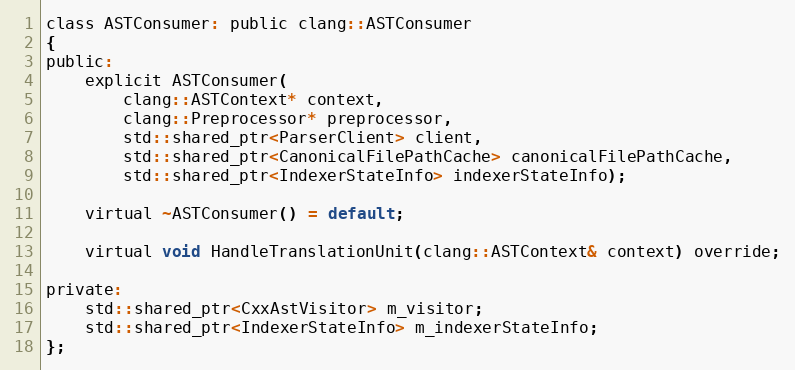
Language: C
class ASTConsumer: public clang::ASTConsumer
{
public:
	explicit ASTConsumer(
		clang::ASTContext* context,
		clang::Preprocessor* preprocessor,
		std::shared_ptr<ParserClient> client,
		std::shared_ptr<CanonicalFilePathCache> canonicalFilePathCache,
		std::shared_ptr<IndexerStateInfo> indexerStateInfo);

	virtual ~ASTConsumer() = default;

	virtual void HandleTranslationUnit(clang::ASTContext& context) override;

private:
	std::shared_ptr<CxxAstVisitor> m_visitor;
	std::shared_ptr<IndexerStateInfo> m_indexerStateInfo;
};